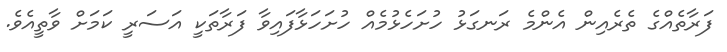
ފަރާތެއްގެ ތެރެއިން އެންމެ ރަނގަޅު ހުށަހެޅުމެއް ހުށަހަޅާފައިވާ ފަރާތަކީ އަސަރީ ކަމަށް ވާތީއެވެ.